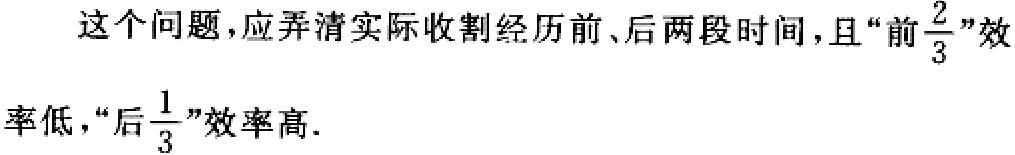
这个问题，应弄清实际收割经历前、后两段时间，且“前$\frac{2}{3}$”效率低，“后$\frac{1}{3}$”效率高.